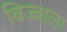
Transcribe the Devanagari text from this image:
बिज्जाला